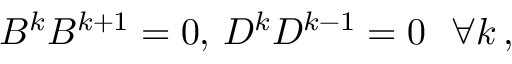
\begin{array} { r } { B ^ { k } B ^ { k + 1 } = 0 , \, D ^ { k } D ^ { k - 1 } = 0 \ \ \forall k \, , } \end{array}